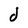
Character: d